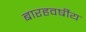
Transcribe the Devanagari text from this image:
बारहवर्षीय